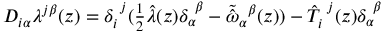
D _ { i \alpha } \lambda ^ { j \beta } ( z ) = \delta _ { i } ^ { ~ j } ( \textstyle { \frac { 1 } { 2 } } \hat { \lambda } ( z ) \delta _ { \alpha } ^ { ~ \beta } - \tilde { \hat { \omega } } _ { \alpha } { } ^ { \beta } ( z ) ) - \hat { T } _ { i } ^ { ~ j } ( z ) \delta _ { \alpha } ^ { ~ \beta }